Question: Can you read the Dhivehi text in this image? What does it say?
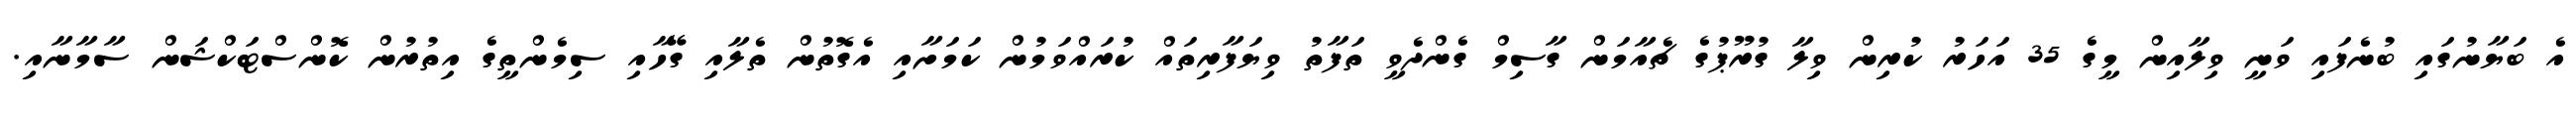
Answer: އެ ބަޔާނުގައި ބުނެފައި ވަނީ ވިލާއިން މީގެ 35 އަހަރު ކުރިން ވިލާ ގުރޫޕުގެ ޗެއާމަން ގާސިމް ގެންދެވީ ތަފާތު ވިޔަފާރިތައް ކުރައްވަމުން ކަމަށާއި އެގޮތުން ތެލާއި ގޭހާއި ސިމެންތީގެ އިތުރުން ކޮންސްޓަކްޝަން ސާމާނާއި.